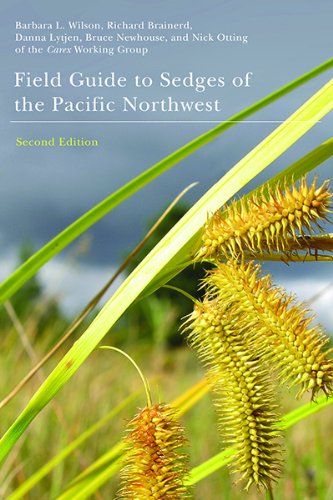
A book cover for Field Guide to the Sedges of the Pacific Northwest: Second Edition; Barbara L. Wilson; Science & Math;